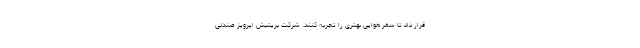
قرار داد تا سفر هوایی بهتری را تجربه کنند. شرکت بریتیش ایرویز صندلی